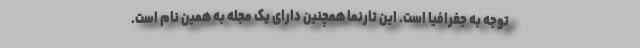
توجه به جغرافیا است. این تارنما همچنین دارای یک مجله به همین نام است.